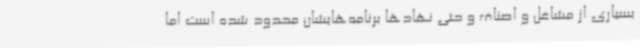
بسیاری از مشاغل و اصناف و حتی نهادها برنامه‌هایشان محدود شده است اما